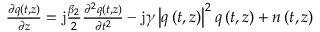
\begin{array} { r } { \frac { \partial q \left( t , z \right) } { \partial z } = \mathrm { j } \frac { \beta _ { 2 } } { 2 } \frac { \partial ^ { 2 } q \left( t , z \right) } { \partial t ^ { 2 } } - \mathrm { j } \gamma \left\vert q \left( t , z \right) \right\vert ^ { 2 } q \left( t , z \right) + n \left( t , z \right) } \end{array}